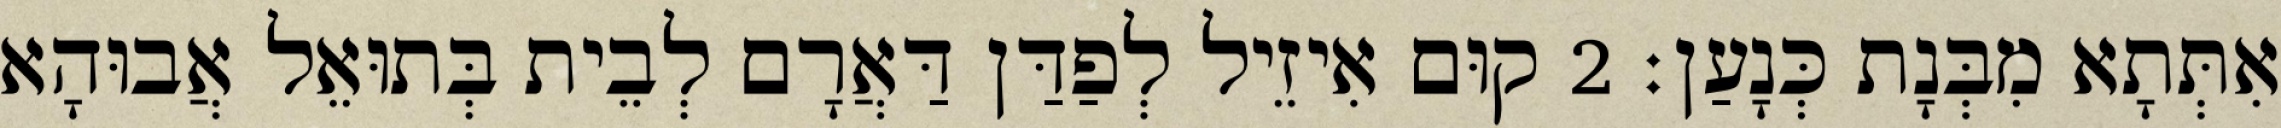
אִתְּתָא מִבְּנָת כְּנָעַן׃ 2 קוּם אִיזֵיל לְפַדַּן דַּאֲרָם לְבֵית בְּתוּאֵל אֲבוּהָא